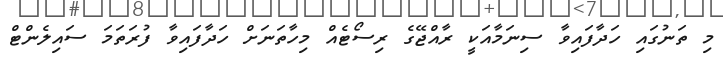
މި ތަނުގައި ހަދާފައިވާ ސިނަމާއަކީ ރާއްޖޭގެ ރިސޯޓެއް މިހާތަނަށް ހަދާފައިވާ ފުރަތަމަ ސައިލެންޓް